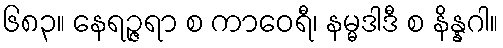
၆၈၃။ နေရဉ္ဇရာ စ ကာဝေရီ၊ နမ္မဒါဒီ စ နိန္နဂါ။